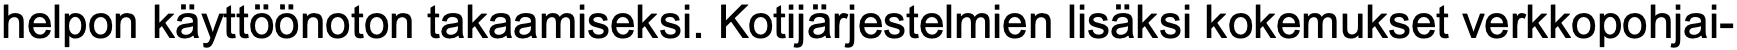
helpon käyttöönoton takaamiseksi. Kotijärjestelmien lisäksi kokemukset verkkopohjai-